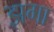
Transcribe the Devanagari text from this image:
झगा